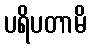
ပရိပတာမိ